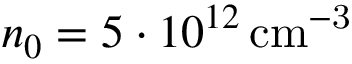
n _ { 0 } = 5 \cdot 1 0 ^ { 1 2 } \, \mathrm { { c m } ^ { - 3 } }